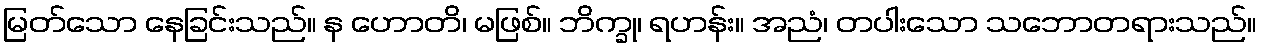
မြတ်သော နေခြင်းသည်။ န ဟောတိ၊ မဖြစ်။ ဘိက္ခု၊ ရဟန်း။ အညံ၊ တပါးသော သဘောတရားသည်။